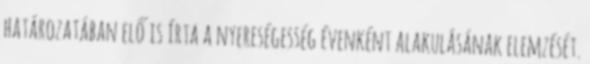
határozatában elő is írta a nyereségesség évenként alakulásának elemzését.